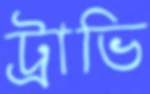
ট্রাভি